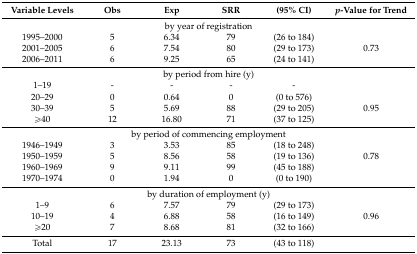
<table><thead><tr><td><b>Variable Levels </b></td><td><b>Obs</b></td><td><b>Exp</b></td><td><b>SRR</b></td><td><b>(95% CI)</b></td><td><b><i>p</i>-Value for Trend </b></td></tr></thead><tbody><tr><td colspan="6">by year of registration</td></tr><tr><td>1995–2000</td><td>5</td><td>6.34</td><td>79</td><td>(26 to 184)</td><td></td></tr><tr><td>2001–2005</td><td>6</td><td>7.54</td><td>80</td><td>(29 to 173)</td><td>0.73</td></tr><tr><td>2006–2011</td><td>6</td><td>9.25</td><td>65</td><td>(24 to 141)</td><td></td></tr><tr><td colspan="6">by period from hire (y)</td></tr><tr><td>1–19</td><td>-</td><td>-</td><td>-</td><td>-</td><td></td></tr><tr><td>20–29</td><td>0</td><td>0.64</td><td>0</td><td>(0 to 576)</td><td></td></tr><tr><td>30–39</td><td>5</td><td>5.69</td><td>88</td><td>(29 to 205)</td><td>0.95</td></tr><tr><td>≥40</td><td>12</td><td>16.80</td><td>71</td><td>(37 to 125)</td><td></td></tr><tr><td colspan="6">by period of commencing employment</td></tr><tr><td>1946–1949</td><td>3</td><td>3.53</td><td>85</td><td>(18 to 248)</td><td></td></tr><tr><td>1950–1959</td><td>5</td><td>8.56</td><td>58</td><td>(19 to 136)</td><td>0.78</td></tr><tr><td>1960–1969</td><td>9</td><td>9.11</td><td>99</td><td>(45 to 188)</td><td></td></tr><tr><td>1970–1974</td><td>0</td><td>1.94</td><td>0</td><td>(0 to 190)</td><td></td></tr><tr><td colspan="6">by duration of employment (y)</td></tr><tr><td>1–9</td><td>6</td><td>7.57</td><td>79</td><td>(29 to 173)</td><td></td></tr><tr><td>10–19</td><td>4</td><td>6.88</td><td>58</td><td>(16 to 149)</td><td>0.96</td></tr><tr><td>≥20</td><td>7</td><td>8.68</td><td>81</td><td>(32 to 166)</td><td></td></tr><tr><td>Total</td><td>17</td><td>23.13</td><td>73</td><td>(43 to 118)</td><td></td></tr></tbody></table>